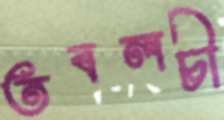
তবলচী